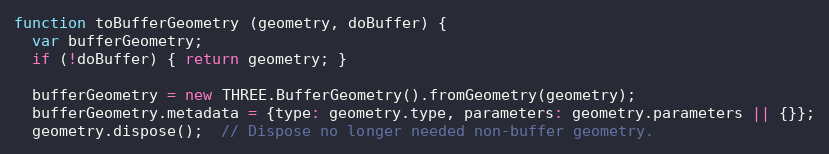
Language: JavaScript
function toBufferGeometry (geometry, doBuffer) {
  var bufferGeometry;
  if (!doBuffer) { return geometry; }

  bufferGeometry = new THREE.BufferGeometry().fromGeometry(geometry);
  bufferGeometry.metadata = {type: geometry.type, parameters: geometry.parameters || {}};
  geometry.dispose();  // Dispose no longer needed non-buffer geometry.